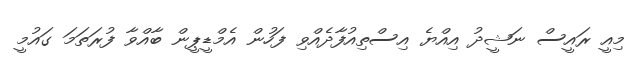
މިއީ ރައީސް ނަޝީދު އިއްޔެ އިސްތިއުފާދެއްވި ފަހުން އެމްޑީޕީން ބާއްވާ ފުރަތަމަ ގައުމީ